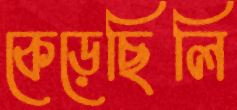
কেড়েছিলি